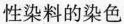
性染料的染色